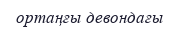
ортаңғы девондағы